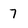
Character: 7